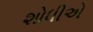
શોધીએ